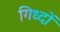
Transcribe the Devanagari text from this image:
गिध्दों